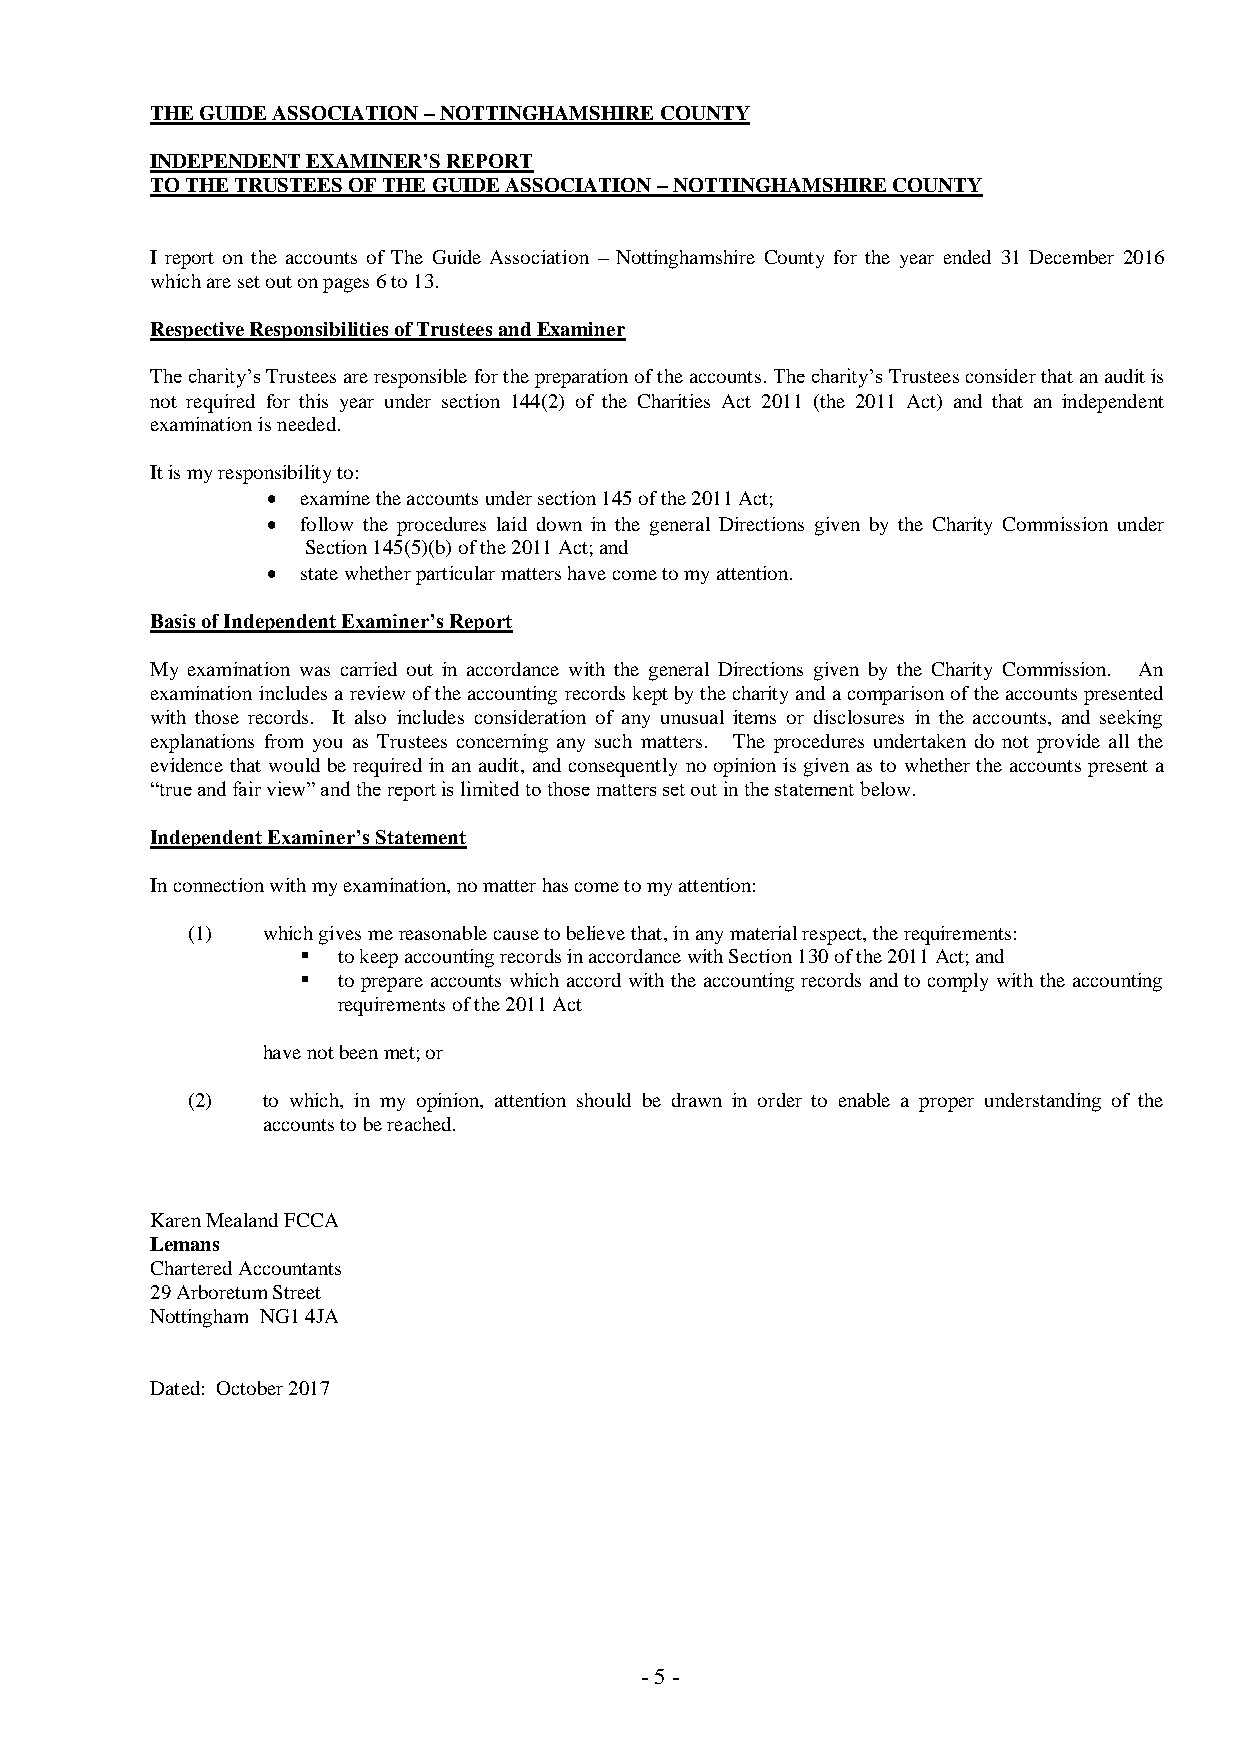
THE GUIDE ASSOCIATION – NOTTINGHAMSHIRE COUNTY
 INDEPENDENT EXAMINER’S REPORT
 TO THE TRUSTEES OF THE GUIDE ASSOCIATION – NOTTINGHAMSHIRE COUNTY
 I report on the accounts of The Guide Association – Nottinghamshire County for the year ended 31 December 2016
 which are set out on pages 6 to 13.
 Respective Responsibilities of Trustees and Examiner
 The charity’s Trustees are responsible for the preparation of the accounts. The charity’s Trustees consider that an audit is
 not required for this year under section 144(2) of the Charities Act 2011 (the 2011 Act) and that an independent
 examination is needed.
 It is my responsibility to:
  examine the accounts under section 145 of the 2011 Act;
  follow the procedures laid down in the general Directions given by the Charity Commission under
 Section 145(5)(b) of the 2011 Act; and
  state whether particular matters have come to my attention.
 Basis of Independent Examiner’s Report
 My examination was carried out in accordance with the general Directions given by the Charity Commission. An
 examination includes a review of the accounting records kept by the charity and a comparison of the accounts presented
 with those records. It also includes consideration of any unusual items or disclosures in the accounts, and seeking
 explanations from you as Trustees concerning any such matters. The procedures undertaken do not provide all the
 evidence that would be required in an audit, and consequently no opinion is given as to whether the accounts present a
 “true and fair view” and the report is limited to those matters set out in the statement below.
 Independent Examiner’s Statement
 In connection with my examination, no matter has come to my attention:
 (1)  which gives me reasonable cause to believe that, in any material respect, the requirements:
  to keep accounting records in accordance with Section 130 of the 2011 Act; and
  to prepare accounts which accord with the accounting records and to comply with the accounting
 requirements of the 2011 Act
 have not been met; or
 (2)  to which, in my opinion, attention should be drawn in order to enable a proper understanding of the
 accounts to be reached.
 Karen Mealand FCCA
 Lemans
 Chartered Accountants
 29 Arboretum Street
 Nottingham NG1 4JA
 Dated: October 2017
 - 5 -